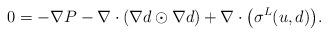
LaTeX: \begin{align*}0=-\nabla P-\nabla\cdot(\nabla d\odot\nabla d)+\nabla\cdot\big(\sigma^{L}(u,d)\big).\end{align*}